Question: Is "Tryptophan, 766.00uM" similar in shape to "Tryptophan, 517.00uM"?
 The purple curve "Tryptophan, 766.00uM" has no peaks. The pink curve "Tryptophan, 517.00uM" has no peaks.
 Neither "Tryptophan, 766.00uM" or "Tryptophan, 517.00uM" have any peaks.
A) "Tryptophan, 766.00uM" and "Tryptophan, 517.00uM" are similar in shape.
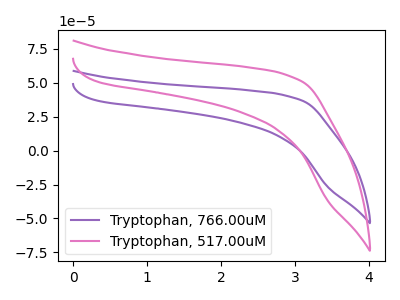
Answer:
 <answer>A) "Tryptophan, 766.00uM" and "Tryptophan, 517.00uM" are similar in shape.</answer>
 <eval>A</eval>